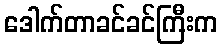
ဒေါက်တာခင်ခင်ကြီးက